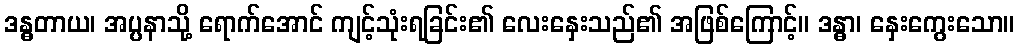
ဒန္ဓတာယ၊ အပ္ပနာသို့ ရောက်အောင် ကျင့်သုံးရခြင်း၏ လေးနှေးသည်၏ အဖြစ်ကြောင့်။ ဒန္ဓာ၊ နှေးကွေးသော။